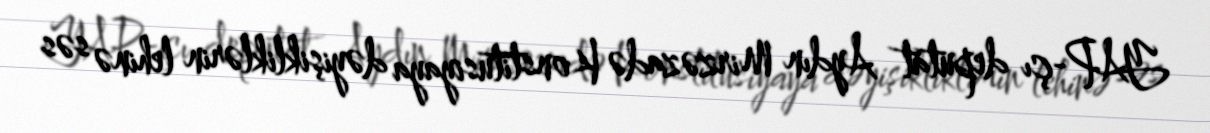
YAP-çı deputat Aydın Mirzəzadə Konstitusiyaya dəyişikliklərin lehinə səs